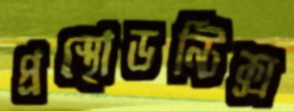
প্রস্থোডন্টিক্স